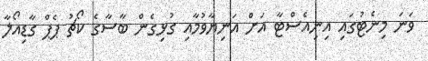
ވަނަ މިނެޓުގައި އިނިއެސްޓާ އަށް އަނިޔާވުމާއި ގުޅިގެން ބާސާގެ ކޯޗު ޕެޕް ގާޑިއޯލާ